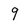
Character: 9